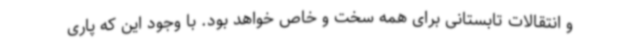
و انتقالات تابستانی برای همه سخت و خاص خواهد بود. با وجود این که پاری